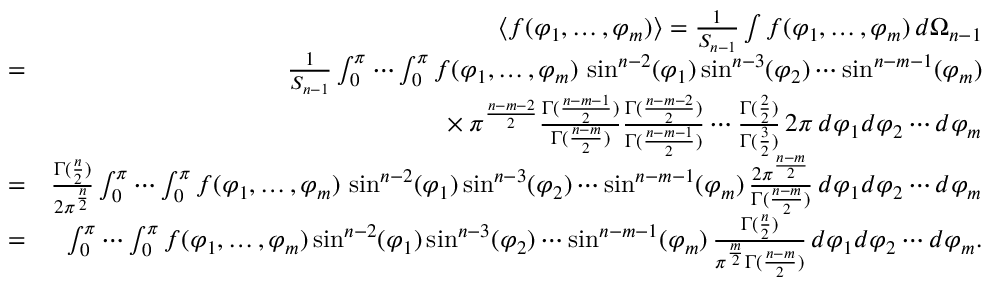
\begin{array} { r l r } { \! \! \! } & { } & { \langle f ( \varphi _ { 1 } , \ldots , \varphi _ { m } ) \rangle = \frac { 1 } { S _ { n - 1 } } \int f ( \varphi _ { 1 } , \ldots , \varphi _ { m } ) \, d \Omega _ { n - 1 } } \\ & { = } & { \frac { 1 } { S _ { n - 1 } } \int _ { 0 } ^ { \pi } \cdots \int _ { 0 } ^ { \pi } f ( \varphi _ { 1 } , \ldots , \varphi _ { m } ) \, \sin ^ { n - 2 } ( \varphi _ { 1 } ) \sin ^ { n - 3 } ( \varphi _ { 2 } ) \cdots \sin ^ { n - m - 1 } ( \varphi _ { m } ) } \\ & { } & { \phantom { \frac { 1 } { S _ { n - 1 } } \int _ { 0 } ^ { \pi } \cdots \int _ { 0 } ^ { \pi } } \times \pi ^ { \frac { n - m - 2 } { 2 } } \frac { \Gamma ( \frac { n - m - 1 } { 2 } ) } { \Gamma ( \frac { n - m } { 2 } ) } \frac { \Gamma ( \frac { n - m - 2 } { 2 } ) } { \Gamma ( \frac { n - m - 1 } { 2 } ) } \cdots \frac { \Gamma ( \frac { 2 } { 2 } ) } { \Gamma ( \frac { 3 } { 2 } ) } \, 2 \pi \, d \varphi _ { 1 } d \varphi _ { 2 } \cdots d \varphi _ { m } } \\ & { = } & { \frac { \Gamma ( \frac { n } { 2 } ) } { 2 \pi ^ { \frac { n } { 2 } } } \int _ { 0 } ^ { \pi } \cdots \int _ { 0 } ^ { \pi } f ( \varphi _ { 1 } , \ldots , \varphi _ { m } ) \, \sin ^ { n - 2 } ( \varphi _ { 1 } ) \sin ^ { n - 3 } ( \varphi _ { 2 } ) \cdots \sin ^ { n - m - 1 } ( \varphi _ { m } ) \, \frac { 2 \pi ^ { \frac { n - m } { 2 } } } { \Gamma ( \frac { n - m } { 2 } ) } \, d \varphi _ { 1 } d \varphi _ { 2 } \cdots d \varphi _ { m } } \\ & { = } & { \int _ { 0 } ^ { \pi } \cdots \int _ { 0 } ^ { \pi } f ( \varphi _ { 1 } , \ldots , \varphi _ { m } ) \sin ^ { n - 2 } ( \varphi _ { 1 } ) \sin ^ { n - 3 } ( \varphi _ { 2 } ) \cdots \sin ^ { n - m - 1 } ( \varphi _ { m } ) \, \frac { \Gamma ( \frac { n } { 2 } ) } { \pi ^ { \frac { m } { 2 } } \Gamma ( \frac { n - m } { 2 } ) } \, d \varphi _ { 1 } d \varphi _ { 2 } \cdots d \varphi _ { m } . } \end{array}